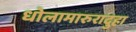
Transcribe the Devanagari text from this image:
धोलामारुरादुहा